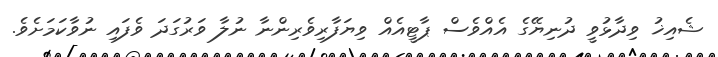
ޝެއިޚު ވިދާޅުވީ ދުނިޔޭގެ އެއްވެސް ޕާޓީއެއް ވިޔަފާރިވެރިންނާ ނުލާ ވަރުގަދަ ވެފައި ނުވާކަމަށެވެ.